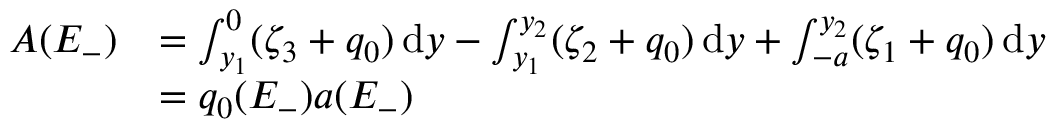
\begin{array} { r l } { A ( E _ { - } ) } & { = \int _ { y _ { 1 } } ^ { 0 } ( \zeta _ { 3 } + q _ { 0 } ) \, \mathrm { d } y - \int _ { y _ { 1 } } ^ { y _ { 2 } } ( \zeta _ { 2 } + q _ { 0 } ) \, \mathrm { d } y + \int _ { - a } ^ { y _ { 2 } } ( \zeta _ { 1 } + q _ { 0 } ) \, \mathrm { d } y } \\ & { = q _ { 0 } ( E _ { - } ) a ( E _ { - } ) } \end{array}